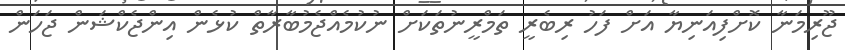
ޖޫރިމަނާ ކޮށްފިއަނިޔާ އަށް ފަހު ރިބެރީ ތަމްރީނުތަކަށް ނުކުމެއްޖެމުބާރާތް ކުޅެން އިންޖެކްޝަން ޖަހަން